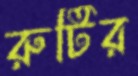
রুটির